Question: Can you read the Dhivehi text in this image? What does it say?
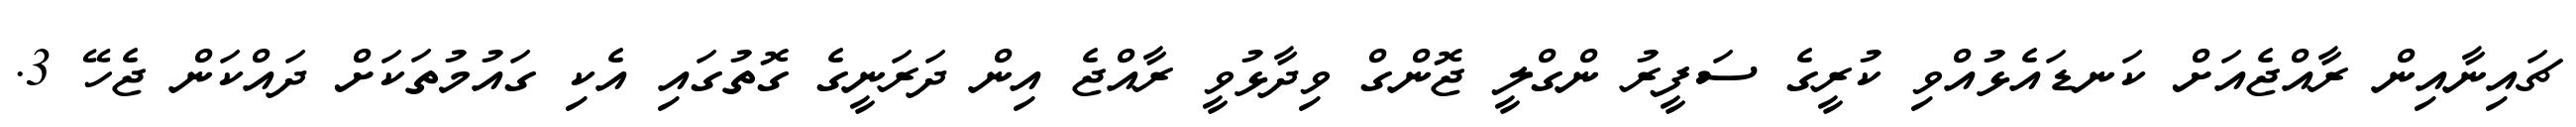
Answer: ޗައިނާއިން ރާއްޖެއަށް ކަނޑައެޅުއްވި ކުރީގެ ސަފީރު ންގްލީ ޖޮންގް ވިދާޅުވީ ރާއްޖެ އިން ދަރަނީގެ ގޮތުގައި އެކި ގައުމުތަކަށް ދައްކަން ޖެހޭ 3.